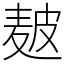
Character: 𤿲